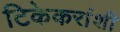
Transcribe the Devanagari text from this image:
टिकेकरांशी